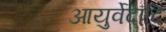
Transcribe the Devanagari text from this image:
आयुर्वेदादि